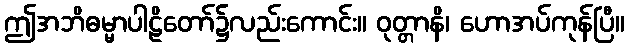
ဤအဘိဓမ္မာပါဠိတော်၌လည်းကောင်း။ ဝုတ္တာနိ၊ ဟောအပ်ကုန်ပြီ။